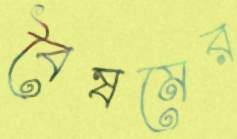
বৈষমের